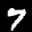
Label: 7